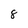
Character: 8